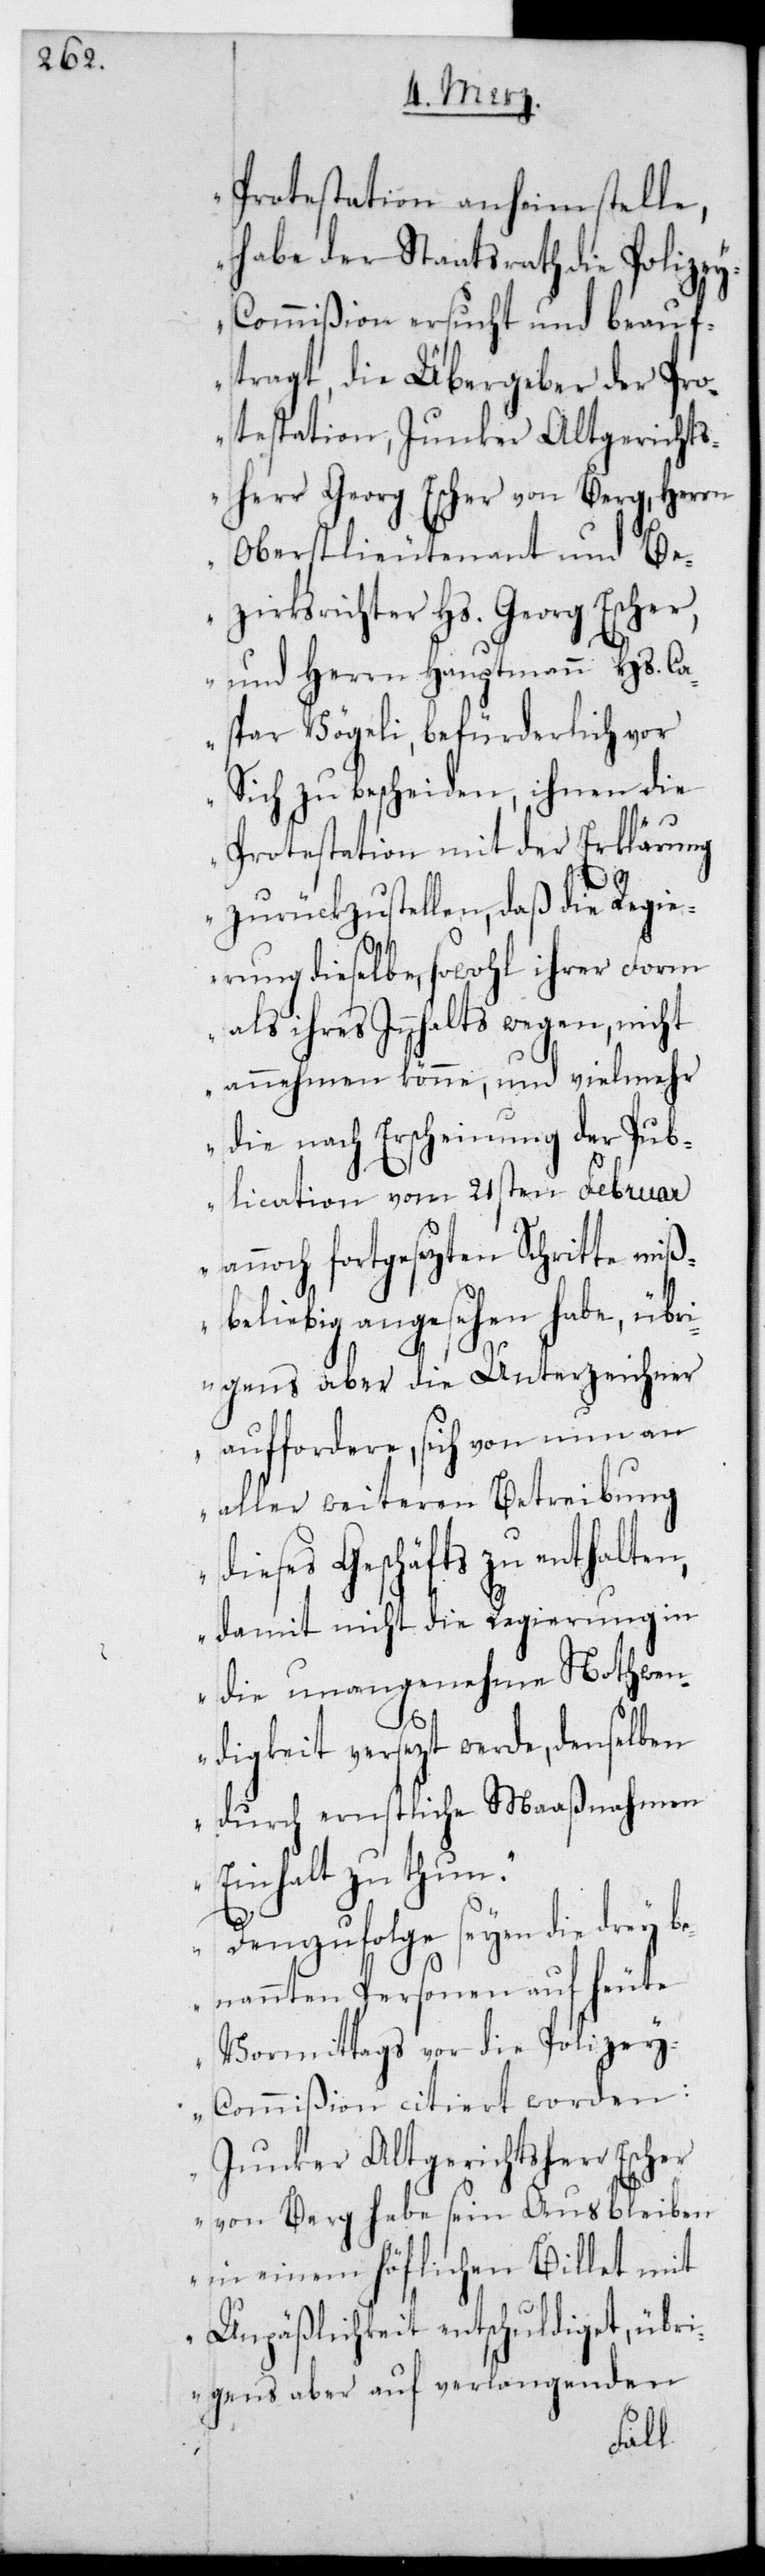
Protestation anheim stelle,
habe der Staatsrath die Polize¬
y-Commißion ersucht und beauf¬
tragt, die Übergeber der Pro¬
testation, Junker alt Gerichts¬
herr Georg Escher von Berg, Herrn
Oberstlieutenant und Be¬
zirksrichter Hs. Georg Escher,
und Herrn Hauptmann Hs. Ca¬
spar Vögeli, befürderlich vor
sich zu bescheiden, ihnen die
Protestation mit der Erklärung
zurückzustellen, daß die Regie¬
rung dieselbe, sowohl ihrer Form
als ihres Innhalts wegen, nicht
annehmen könne, und vielmehr
die nach Erscheinung der Pub¬
lication vom 21sten Februar
annoch fortgesezten Schritte miß¬
beliebig angesehen habe, übr¬
igens aber die Unterzeichner
auffordere, sich von nun an
aller weiteren Betreibung
dieses Geschäfts zu enthalte¬
n, damit nicht die Regierung in
die unangenehme Nothwen¬
digkeit versetzt werde, denselben
durch ernstliche Maaßnahmen
Einhalt zu thun.
Demzufolge seyen die drey b¬
enannten Personen auf heute
Vormittags vor die Polize¬
y-Commißion citiert worden:
Junker alt Gerichtsherr Escher
von Berg habe sein Ausbleiben
in einem höflichen Billet mit
Unpäßlichkeit entschuldiget, übr¬
igens aber auf verlangenden